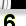
Digit: 3